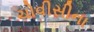
ચોવીસીના